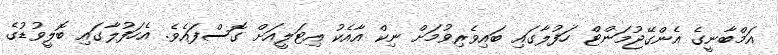
އަމްބާނީގެ އެންގޭޖުމަންޓް ހަފުލާގައި ބައިވެރިވުމަށް ނިކް އާއެކު އިޓަލީއަށް ގޮސްފައެވެ. އެހަފުލާގައި ބޮލީވުޑުގެ